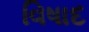
વિષાદ